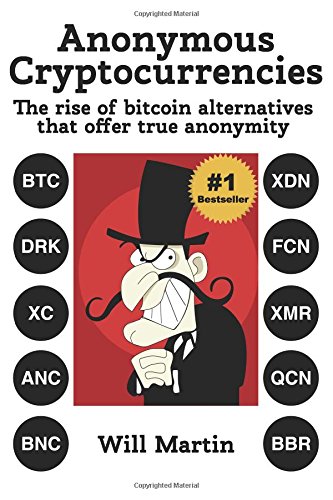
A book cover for Black Market Cryptocurrencies: The rise of Bitcoin alternatives that offer true anonymity; Will Martin; Computers & Technology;